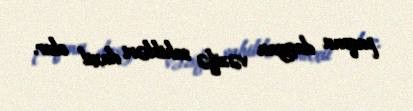
paqonu daşıyan vəzifə sahibləri daxil olur.